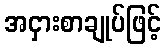
အငှားစာချုပ်ဖြင့်